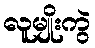
လူမျိုးကွဲ